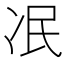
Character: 冺